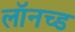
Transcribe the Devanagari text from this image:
लॉनच्ड